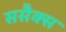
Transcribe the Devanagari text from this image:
ससैक्स